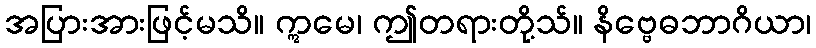
အပြားအားဖြင့်မသိ။ ဣမေ၊ ဤတရားတို့သ်။ နိဗ္ဗေဓဘာဂိယာ၊